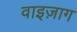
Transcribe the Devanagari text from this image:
वाइज़ाग